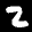
Label: 2